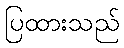
ပြထားသည်